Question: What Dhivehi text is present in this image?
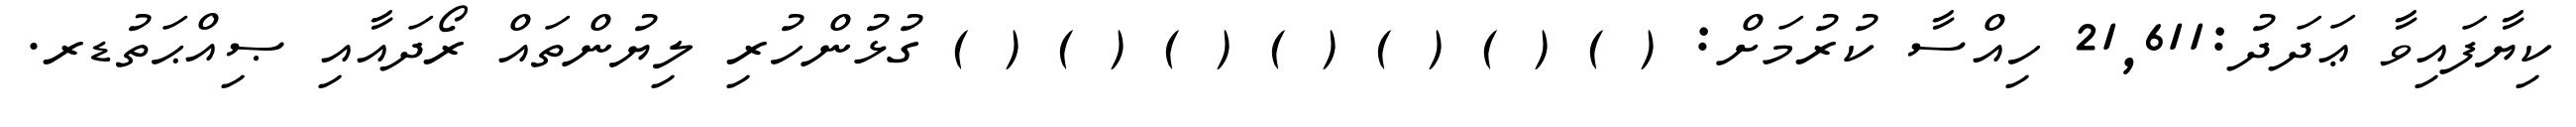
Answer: ކިޔާފައިވާ ޢަދަދު:21,611 ހިއްސާ ކުރުމަށް: ( ) ( ) ( ) ( ) ( ) ( ) ( ) ގުޅުންހުރި ލިޔުންތައް ރޯދައާއި ޞިއްޙަތުޑރ.